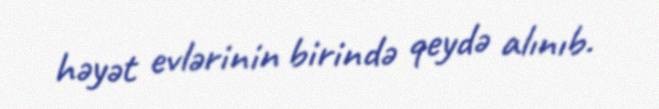
həyət evlərinin birində qeydə alınıb.